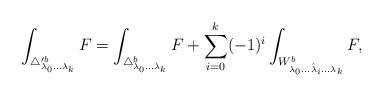
LaTeX: \begin{align*}\int _{\triangle _{\lambda _0 ...\lambda _k}^{\prime b}}F=\int _{\triangle _{\lambda _0 ...\lambda _k}^b}F+\sum _{i=0}^k(-1)^i\int_{W_{\lambda _{0} ...\hat{\lambda }_i...\lambda _{k}}^b} F,\end{align*}